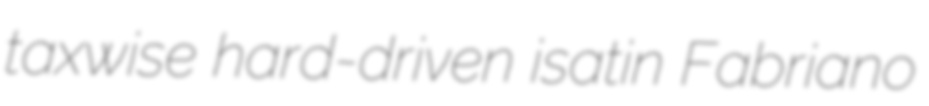
taxwise hard-driven isatin Fabriano